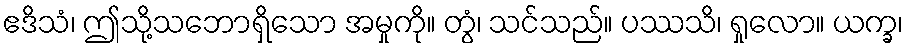
ဧဒိသံ၊ ဤသို့သဘောရှိသော အမှုကို။ တွံ၊ သင်သည်။ ပဿသိ၊ ရှုလော။ ယက္ခ၊